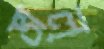
ভাল্